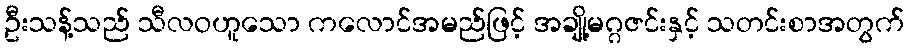
ဦးသန့်သည် သီလဝဟူသော ကလောင်အမည်ဖြင့် အချို့မဂ္ဂဇင်းနှင့် သတင်းစာအတွက်